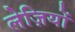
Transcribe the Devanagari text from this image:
लेज़ियों